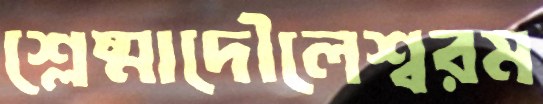
শ্লেষ্মাদৌলেশ্বরম